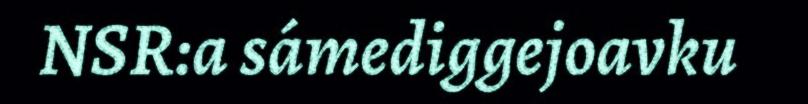
NSR:a sámediggejoavku